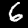
Digit: 6